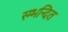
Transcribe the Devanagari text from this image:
स्म्भन्दित